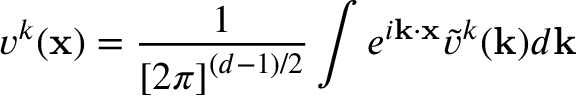
v ^ { k } ( \mathbf { x } ) = \frac { 1 } { \left[ 2 \pi \right] ^ { ( d - 1 ) / 2 } } \int e ^ { i \mathbf { k } \cdot \mathbf { x } } \tilde { v } ^ { k } ( \mathbf { k } ) d \mathbf { k }